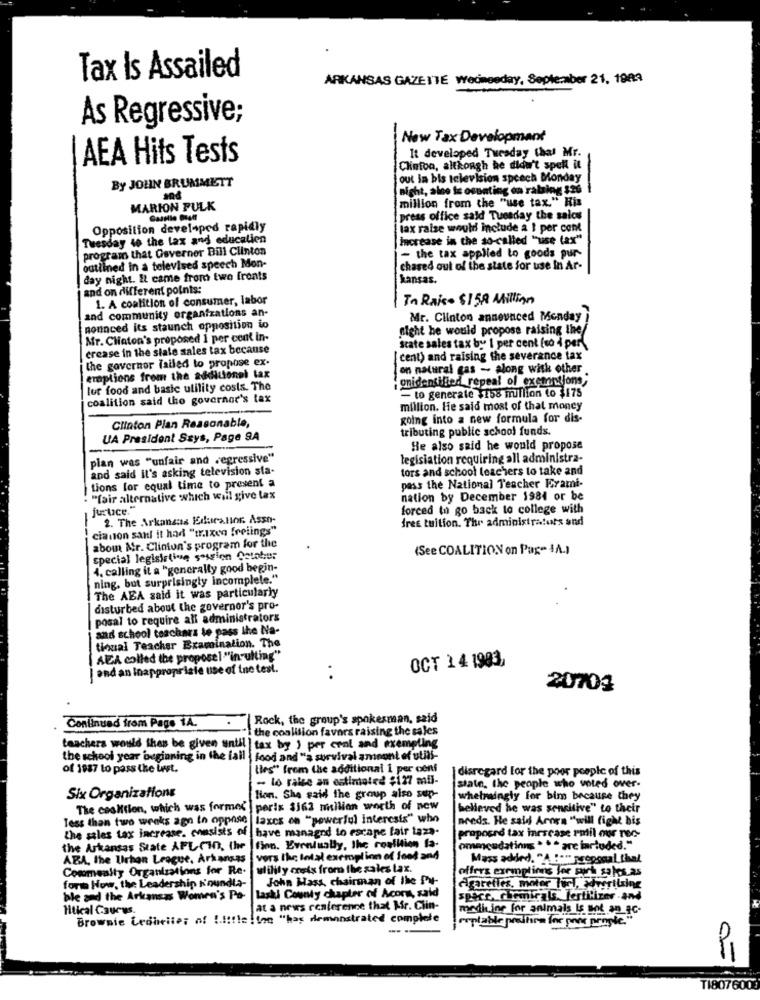
Tax Is Assailed
ARKANSAS GAZE ITE wednesday, September 21, 1989
As Regressive;
New Tax Development
It developed Tuesday that Mr.
AEA Hits Tests
Clinton, although he didn't spell it
out in bis television speech Monday
By JOHN BRUMMETT
nicht, alne te osuating on rabing $26
million from the "use tax." His
MARION PULK
press office sald Tuesday the salos
Opposition developed rapidly
lax raise would include a 1 per cent
Tuesday 40 the lax and education
Increase in the so-called "use (ax"
program that Governer Bill Clinton
- the tax applied to goods pur-
outlined in a televised speech Mon-
chased out of the state for use In Ar-
day night. It came from two fronts
kansas.
and on different points:
1. A coalition of consumer, labor
In Rais- $158 Million
and community organizations an-
Mr. Clinton announced Monday i
nounced its staunch opposition io
night he would propose raising the
Mr. Clinton's proposed 1 per cent in-
crease in the slate sales tax because
state sales tax by 1 per cent (to À per).
i the governor failed to propose ex-
[ cent) and raising the severance tax
on natural gas - along with other
eroptions from the additionel tax
onidentified repeal of excmitjons,
lur food and basic utility costs. The
coalition said the governor's tax
- to generate $158 million to $175
million. He said most of that money
going into a new formula for dis-
Clinton Plan Reasonable,
tributing public school funds.
UA President Says, Page 9A
-
He also said he would propose
plan was "unfair and regressive"
legisiation requiring all administra-
and said it's asking television sta-
tors and school teachers to take and
itions for equal time to present a
pass the National Teacher Frami-
. "fair alternative which will give tax
nation by December 1984 or be
justice."
forced to go back to college with
2. The Arkansas Edurallor. Asso-
free tuition. Thr administrators and
cianon sarl it had "trixen freiings"
abown Ar. Clinton's program for the
(See COALITION on Page 4A.)
special legislative session Gotobe:
4. calling it a "generally good begin-
ning, but surprisingly incomplete."
The ABA said it was particularly
disturbed about the governor's pro-
posal to require all administrators
and school teachers te pass the Na-
tional Teacher Examination. The
( AEA called the proposel "insulting"
| and an Inappropriate use of tne test.
OCT 14 1903
..
20704
Rock, the group's spokesman, said
Continued from Page 14.
the coalition favors raising the sales
teachers would then be given until tax by ) per cral and exempting
the school year 'beginning in the lall | food and "à survival amount of utili-
of 1987 to pass the last.
lies" from the additional 1 por cons
disregard for the poor people of this
- lo rale an estimated $127 mil-
state, the people who voted over-
Six Organizations
lion. She said the group also sup-
whelmingly for bim because they
The cesktion, which was formed peris $162 million worth of new
believed he was sensitive" to their
Tess than two weeks agn to oppose
laxcs on "powerful interesis" who
needs. He said Arora "will fight bis
the sales tax increase. Masists of have managed to escape fair taza-
proposed tax inrscase rmil our rec-
the Arkansas State AFL-CIO, the |fion. Eventually, the coalition fa-
ommeudating * * * are fartuded."
ABA, the Urban League, Arkansas
vors the total exemplinn of food and
Mass added. "A
d. "A "am proposal thal
Commenity Organizations for Re.
wlility crets from the sales tax.
offers exemptions for such sales as
John Mass, chairman of the Put
form How, the Leadership K'oundta-
Agarelles, moter Turl, xlverilxing
ble and the Arkansas Women's Po-
laski County chapter of Acor, said
space. chemicals Fertilizer and
Hitkcal Caurys.
at a news conference that Mr. Ciin-
Brownie Leoheite; of !.!!!! e ! ! on "has demonstrated complete
reptable praifire for port prople."
medicine for animals Is sof an_gc-
...
TI807600